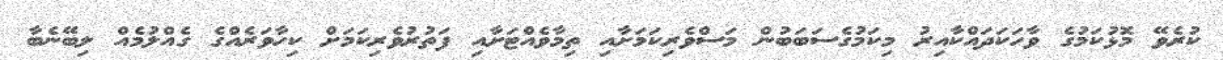
ކުރެވޭ މޮޅުކަމުގެ ވާހަކަދައްކާއިރު މިކަމުގެސަބަބުން މަސްވެރިކަމަށާއި ތިމާވެއްޓަށާއި ފަތުރުވެރިކަމަށް ކިހާވަރެއްގެ ގެއްލުމެއް ލިބޭނެބާ